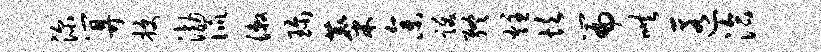
深算授渤侃漱珍麋参跋终炷坎篇哄匿洽